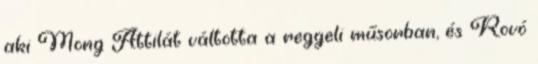
aki Mong Attilát váltotta a reggeli műsorban, és Rovó